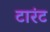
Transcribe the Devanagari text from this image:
टारंट